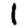
Digit: 1